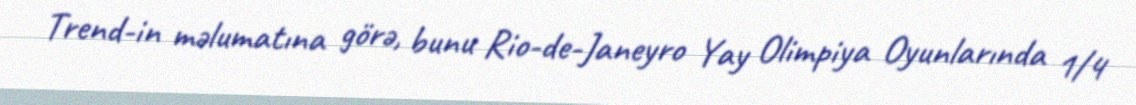
Trend-in məlumatına görə, bunu Rio-de-Janeyro Yay Olimpiya Oyunlarında 1/4